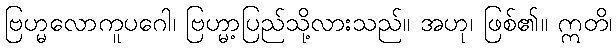
ဗြဟ္မလောကူပဂေါ၊ ဗြဟ္မာ့ပြည်သို့လားသည်။ အဟု၊ ဖြစ်၏။ ဣတိ၊